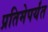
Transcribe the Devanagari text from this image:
प्रतिमेपर्यंत